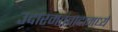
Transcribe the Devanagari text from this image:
उदारमतवादामध्ये